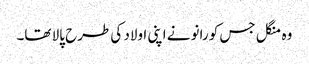
وہ منگل جس کو رانو نے اپنی اولاد کی طرح پالا تھا۔